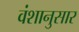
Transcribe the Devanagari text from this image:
वंशानुसार